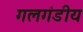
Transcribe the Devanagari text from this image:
गलगंडीय